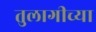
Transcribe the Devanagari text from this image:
तुलागीच्या